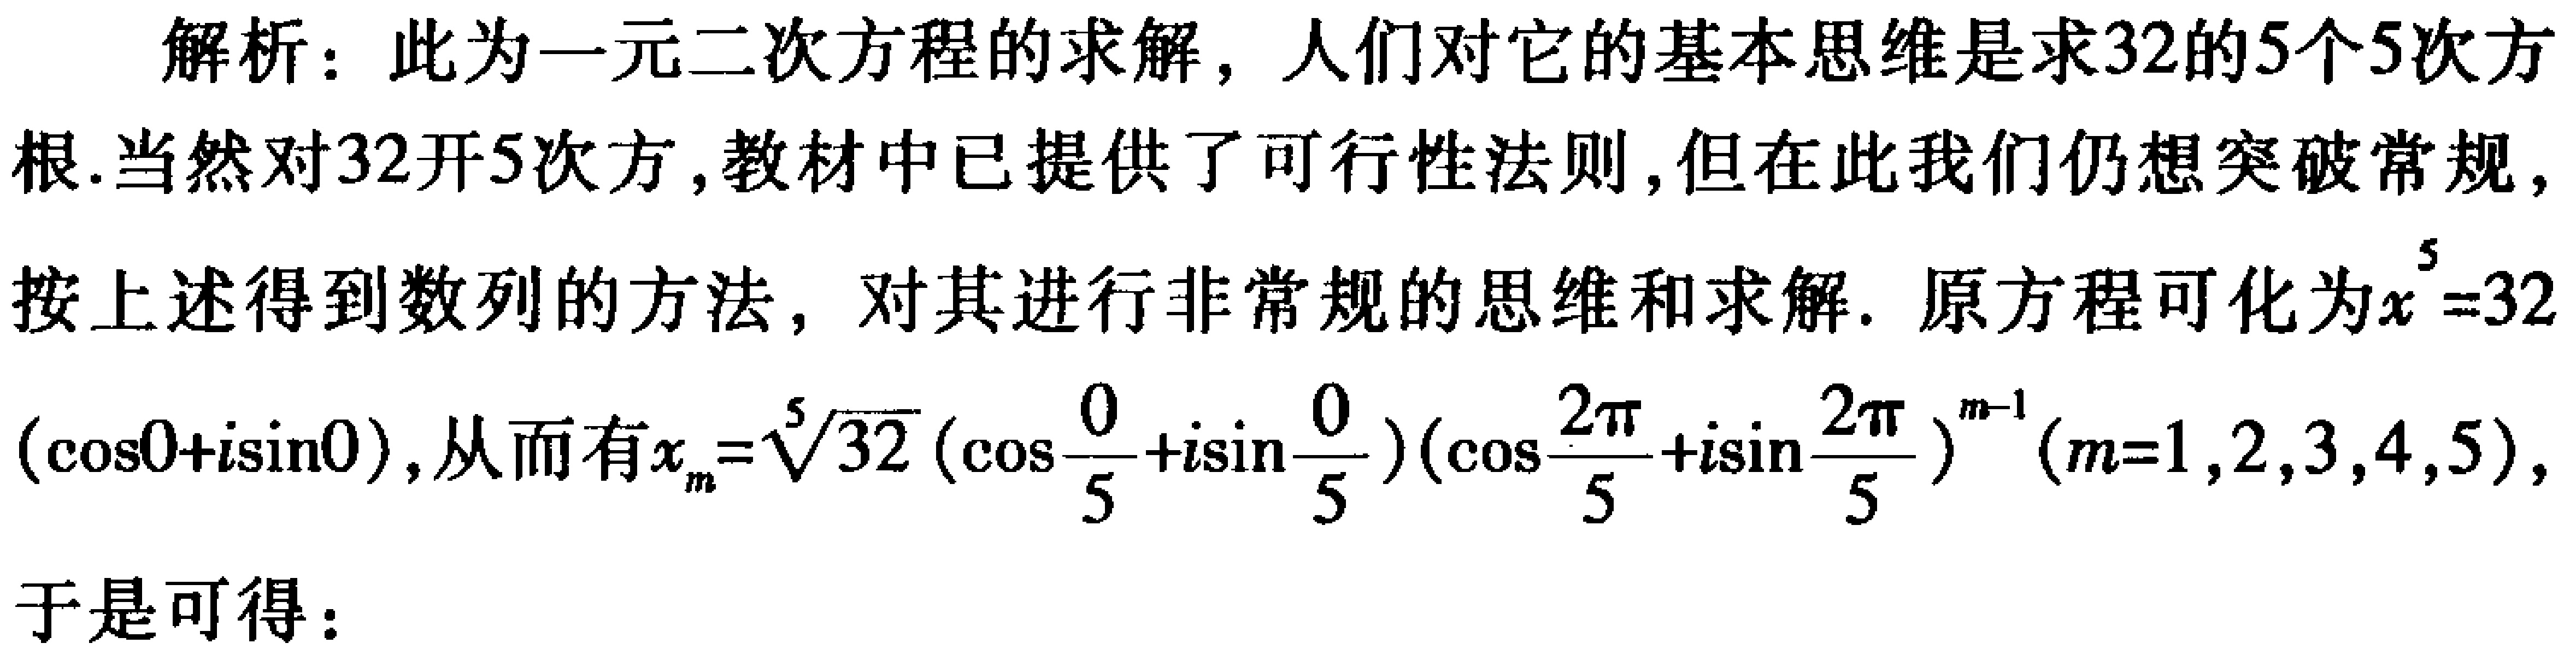
解析：此为一元二次方程的求解，人们对它的基本思维是求32的5个5次方根.当然对32开5次方,教材中已提供了可行性法则,但在此我们仍想突破常规,按上述得到数列的方法，对其进行非常规的思维和求解. 原方程可化为\(x^{5}=32(\cos0 + i\sin0)\), 从而有\(x_{m}=\sqrt[5]{32}(\cos\frac{0}{5}+i\sin\frac{0}{5})(\cos\frac{2\pi}{5}+i\sin\frac{2\pi}{5})^{m - 1}(m = 1,2,3,4,5)\), 于是可得：